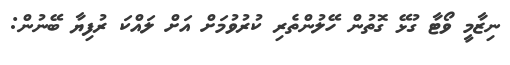
ނިޒާމީ ވޯޓާ ގުޅޭ ގޮތުން ހޭލުންތެރި ކުރުވުމަށް އަށް ލައްކަ ރުފިޔާ ބޭނުން: